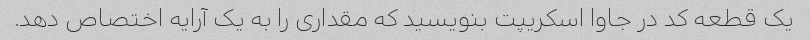
یک قطعه کد در جاوا اسکریپت بنویسید که مقداری را به یک آرایه اختصاص دهد.